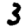
Digit: 3